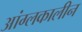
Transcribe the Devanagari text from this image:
आंग्लकालीन